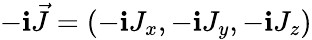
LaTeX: -\mathbf{i}\vec{{J}}=(-\mathbf{i}J_{x},-\mathbf{i}J_{y},-\mathbf{i}J_{z})